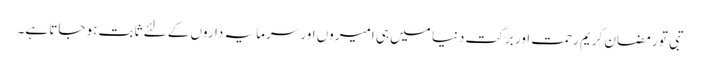
تبی تو رمضان کریم رحمت اور برکت دنیا میں ہی امیروں اور سرمایہ داروں کے لئے ثابت ہو جاتا ہے۔